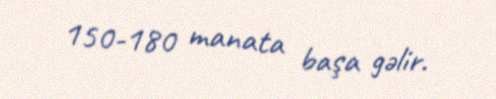
150-180 manata başa gəlir.